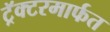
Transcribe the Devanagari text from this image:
ट्रॅक्टरमार्फत